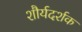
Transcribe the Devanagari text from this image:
शौर्यदर्शक